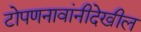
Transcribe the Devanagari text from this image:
टोपणनावांनीदेखील